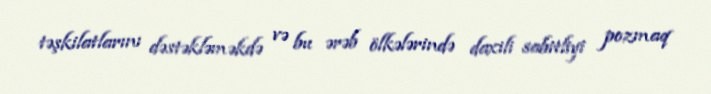
təşkilatlarını dəstəkləməkdə və bu ərəb ölkələrində daxili sabitliyi pozmaq